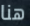
هنا